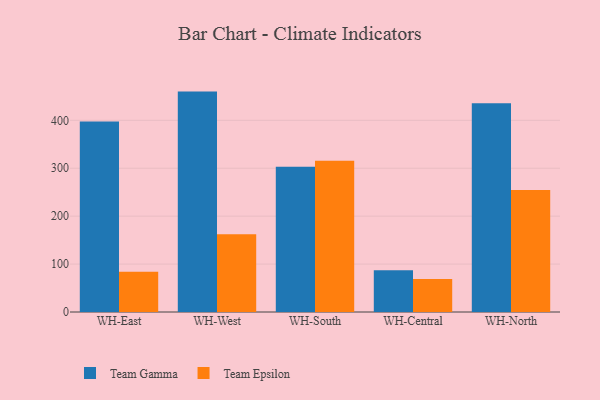
{"axis": {"x": "Warehouse", "y": "Humidity (%)"}, "legend": ["Team Epsilon", "Team Gamma"], "data": [{"x": "WH-East", "y": 397.7, "type": "Team Gamma"}, {"x": "WH-East", "y": 84.0, "type": "Team Epsilon"}, {"x": "WH-West", "y": 459.9, "type": "Team Gamma"}, {"x": "WH-West", "y": 162.2, "type": "Team Epsilon"}, {"x": "WH-South", "y": 303.2, "type": "Team Gamma"}, {"x": "WH-South", "y": 315.4, "type": "Team Epsilon"}, {"x": "WH-Central", "y": 87.3, "type": "Team Gamma"}, {"x": "WH-Central", "y": 68.6, "type": "Team Epsilon"}, {"x": "WH-North", "y": 435.7, "type": "Team Gamma"}, {"x": "WH-North", "y": 254.4, "type": "Team Epsilon"}]}